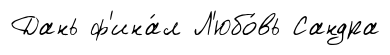
Дань ф'ина́л Л'юбо́вь Сандра